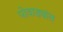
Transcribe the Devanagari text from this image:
पोवाड्यांत